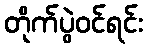
တိုက်ပွဲဝင်ရင်း